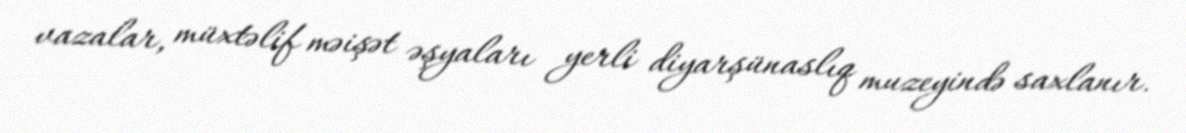
vazalar, müxtəlif məişət əşyaları yerli diyarşünaslıq muzeyində saxlanır.